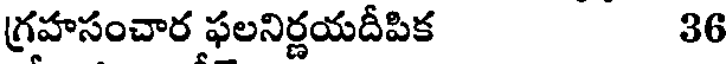
గ్రహసంచార ఫలనిర్ణయదీపిక 36